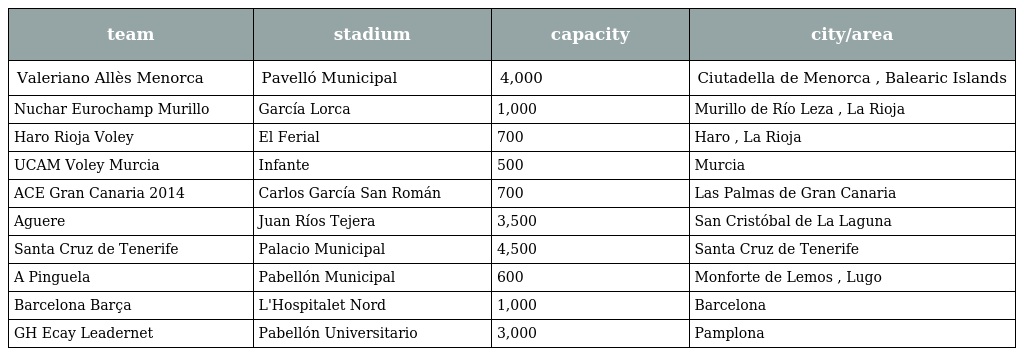
| team | stadium | capacity | city/area |
 | --- | --- | --- | --- |
 | Valeriano Allès Menorca | Pavelló Municipal | 4,000 | Ciutadella de Menorca , Balearic Islands |
 | Nuchar Eurochamp Murillo | García Lorca | 1,000 | Murillo de Río Leza , La Rioja |
 | Haro Rioja Voley | El Ferial | 700 | Haro , La Rioja |
 | UCAM Voley Murcia | Infante | 500 | Murcia |
 | ACE Gran Canaria 2014 | Carlos García San Román | 700 | Las Palmas de Gran Canaria |
 | Aguere | Juan Ríos Tejera | 3,500 | San Cristóbal de La Laguna |
 | Santa Cruz de Tenerife | Palacio Municipal | 4,500 | Santa Cruz de Tenerife |
 | A Pinguela | Pabellón Municipal | 600 | Monforte de Lemos , Lugo |
 | Barcelona Barça | L'Hospitalet Nord | 1,000 | Barcelona |
 | GH Ecay Leadernet | Pabellón Universitario | 3,000 | Pamplona |